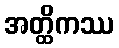
အတ္ထိကဿ